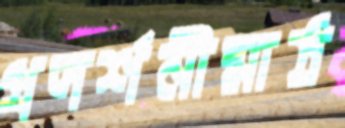
প্রদর্শনীমাঠ